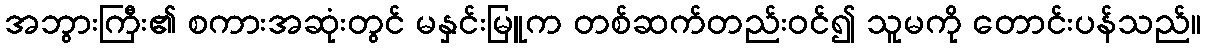
အဘွားကြီး၏ စကားအဆုံးတွင် မနှင်းမြူက တစ်ဆက်တည်းဝင်၍ သူမကို တောင်းပန်သည်။